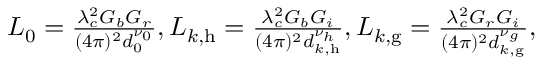
\begin{array} { r } { L _ { 0 } = \frac { \lambda _ { c } ^ { 2 } G _ { b } G _ { r } } { ( 4 \pi ) ^ { 2 } d _ { 0 } ^ { \nu _ { 0 } } } , L _ { k , \mathrm { h } } = \frac { \lambda _ { c } ^ { 2 } G _ { b } G _ { i } } { ( 4 \pi ) ^ { 2 } d _ { k , \mathrm { h } } ^ { \nu _ { h } } } , L _ { k , \mathrm { g } } = \frac { \lambda _ { c } ^ { 2 } G _ { r } G _ { i } } { ( 4 \pi ) ^ { 2 } d _ { k , \mathrm { g } } ^ { \nu _ { g } } } , } \end{array}